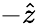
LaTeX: -\hat{z}